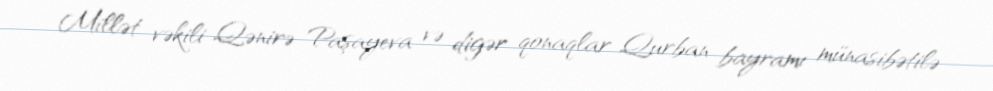
Millət vəkili Qənirə Paşayeva və digər qonaqlar Qurban bayramı münasibətilə